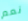
نعم